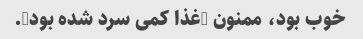
خوب بود، ممنون (غذا کمی سرد شده بود).